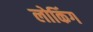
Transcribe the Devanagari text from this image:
लोकिंग